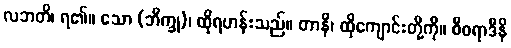
လဘတိ၊ ရ၏။ သော (ဘိက္ခု)၊ ထိုရဟန်းသည်။ တာနိ၊ ထိုကျောင်းတို့ကို။ စီဝရာဒီနိ